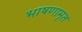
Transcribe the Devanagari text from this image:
भाषणामृत